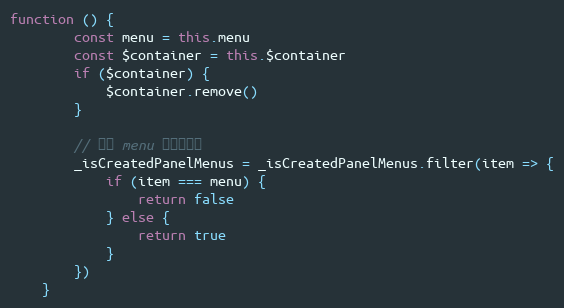
Language: JavaScript
function () {
        const menu = this.menu
        const $container = this.$container
        if ($container) {
            $container.remove()
        }

        // 将该 menu 记录中移除
        _isCreatedPanelMenus = _isCreatedPanelMenus.filter(item => {
            if (item === menu) {
                return false
            } else {
                return true
            }
        })
    }